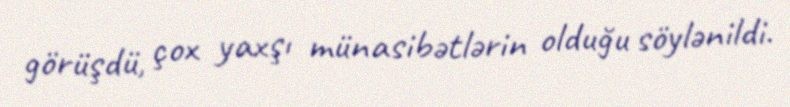
görüşdü, çox yaxşı münasibətlərin olduğu söylənildi.